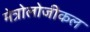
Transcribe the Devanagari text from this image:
मेत्रोलोजीकल